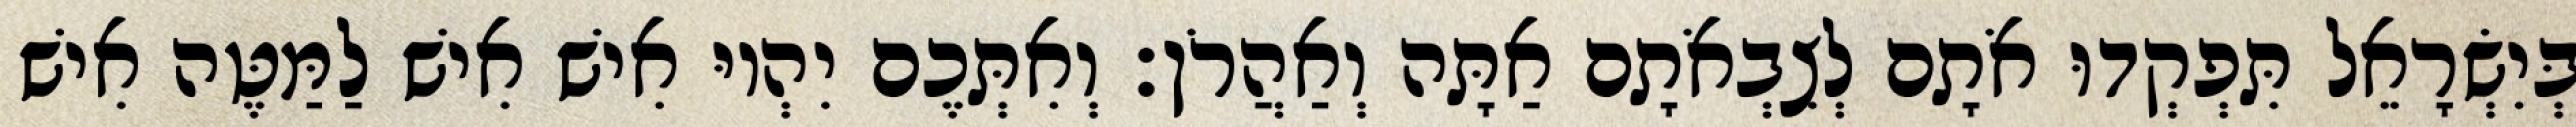
בְּיִשְׂרָאֵל תִּפְקְדוּ אֹתָם לְצִבְאֹתָם אַתָּה וְאַהֲרֹן׃ וְאִתְּכֶם יִהְיוּ אִישׁ אִישׁ לַמַּטֶּה אִישׁ